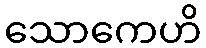
သောကေဟိ